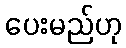
ပေးမည်ဟု